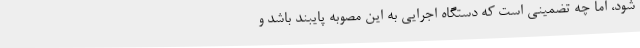
شود، اما چه تضمینی است که دستگاه اجرایی به این مصوبه پایبند باشد و